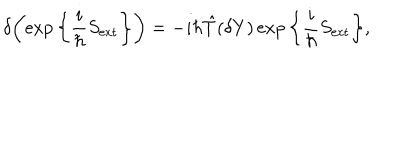
LaTeX: \delta \bigg ( \! \exp \bigg \{ \frac { i } { \hbar } S _ { \mathrm { e x t } } \bigg \} \bigg ) = - i \hbar \hat { T } ( \delta Y ) \exp \bigg \{ \frac { i } { \hbar } S _ { \mathrm { e x t } } \bigg \} ,